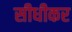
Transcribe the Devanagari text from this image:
सीधीकर